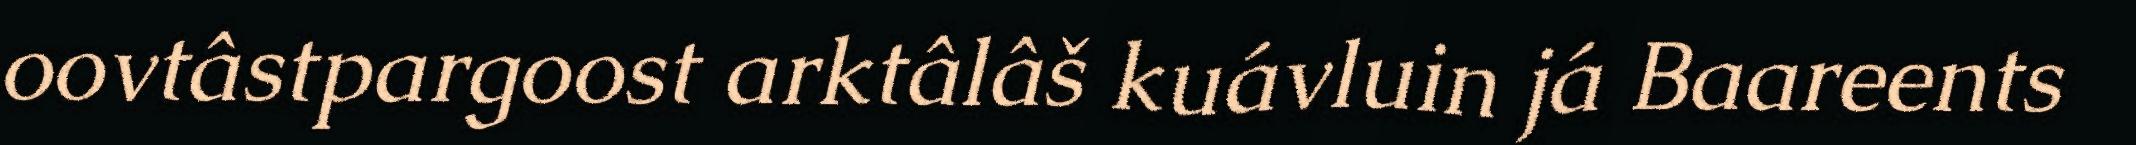
oovtâstpargoost arktâlâš kuávluin já Baareents